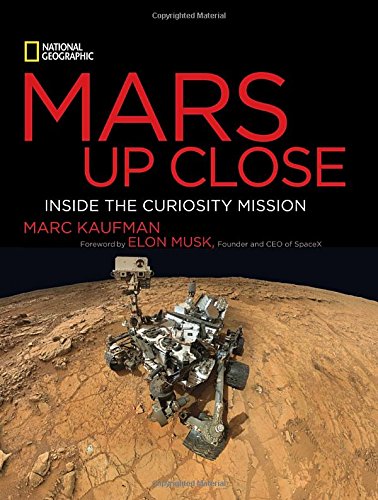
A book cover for Mars Up Close: Inside the Curiosity Mission; Marc Kaufman; Science & Math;